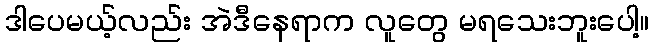
ဒါပေမယ့်လည်း အဲဒီနေရာက လူတွေ မရသေးဘူးပေါ့။